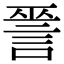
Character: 𧨈